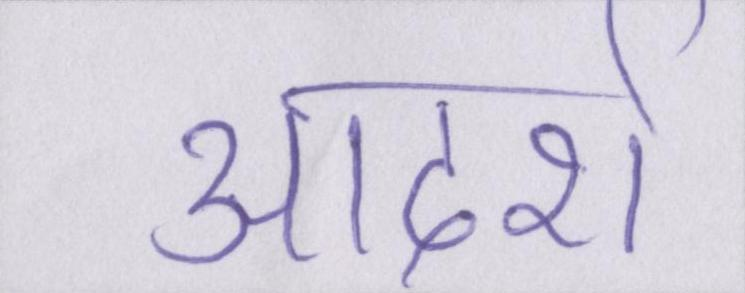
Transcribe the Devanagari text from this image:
आदर्श